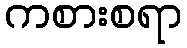
ကစားစရာ